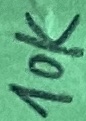
Text: 10K